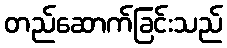
တည်ဆောက်ခြင်းသည်